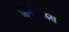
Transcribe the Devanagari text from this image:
र्हिनोविरुस